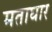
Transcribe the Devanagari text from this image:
मताघार